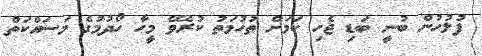
ފުލުހުން ބުނީ ބަޑި ޖެހި ކަމަށް ތުހުމަތު ކުރެވޭ މީހާ ހޯދުމުގެ މަސައްކަތް